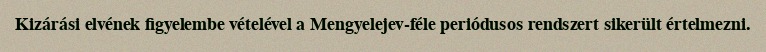
Kizárási elvének figyelembe vételével a Mengyelejev-féle periódusos rendszert sikerült értelmezni.